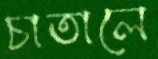
চাতালে